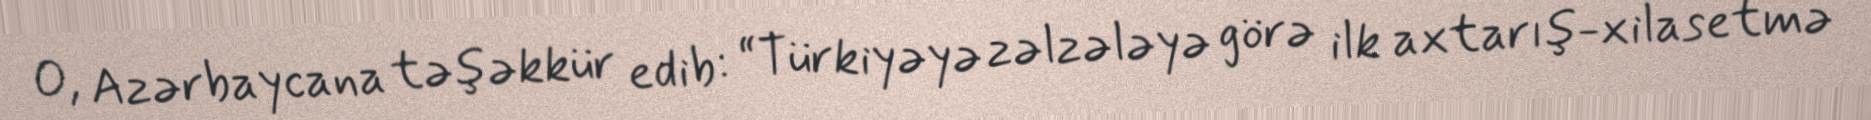
O, Azərbaycana təşəkkür edib: “Türkiyəyə zəlzələyə görə ilk axtarış-xilasetmə